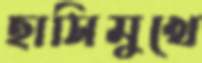
হাসিমুখে